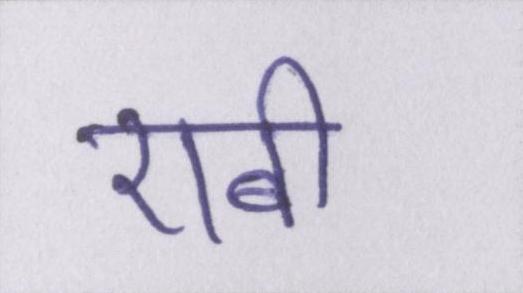
एबी